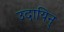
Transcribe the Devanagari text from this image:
उदायिन्